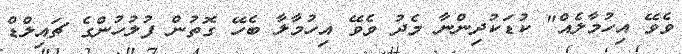
ވެވޭ އިހުމާލެއް" ކުޑަކުދިންނާ މެދު ވެވޭ އިހުމާލާ ބެހޭ ގޮތުން ފުލުހުންގެ ޗައިލްޑް